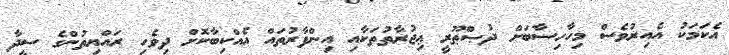
އެކަމަކު އެއިރުވެސް މިހާހިސާބަށް ދުޞްޠޫރީ ޢިޖުރާތުތަކާއި އިންފާރުތައް އެއްކިބާކޮށް ދިވެހި ރައްޔިތުންގެ ސީދާ